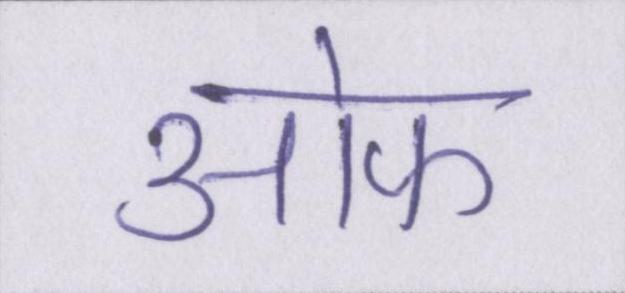
आ॓फ